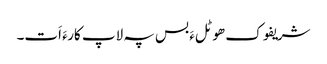
شریفوک ھوٹلءَ بس پہ لاپ کارءَ اَت۔